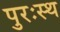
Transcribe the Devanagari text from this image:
पुरःस्थ